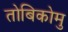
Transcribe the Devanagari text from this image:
तोबिकोमु